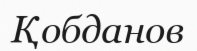
Қобданов